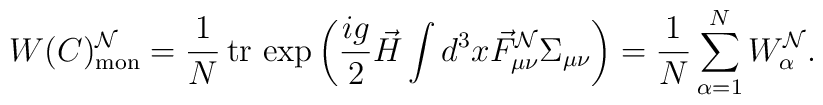
W(C)_{\rm mon}^{\cal N}=\frac{1}{N}{\,}{\rm tr}{\,}\exp\left(\frac{ig}{2}\vec H\int d^3x\vec F_{\mu\nu}^{\cal N}\Sigma_{\mu\nu}\right)=\frac{1}{N}\sum\limits_{\alpha=1}^{N}W_\alpha^{\cal N}.